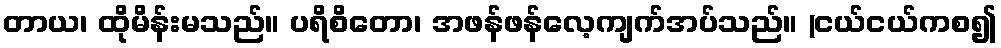
တာယ၊ ထိုမိန်းမသည်။ ပရိစိတော၊ အဖန်ဖန်လေ့ကျက်အပ်သည်။ (ငယ်ငယ်ကစ၍